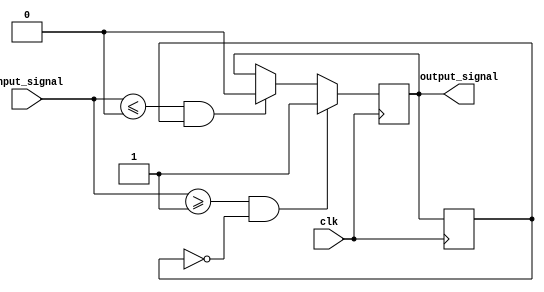
module Schmitt_trigger(
    input wire clk,
    input wire input_signal,
    output reg output_signal
);

reg prev_output_signal;

parameter THRESHOLD_LOW = 0; // Set low threshold voltage
parameter THRESHOLD_HIGH = 1; // Set high threshold voltage

always @(posedge clk) begin
    if (input_signal >= THRESHOLD_HIGH && prev_output_signal == 0) begin
        output_signal <= 1;
    end else if (input_signal <= THRESHOLD_LOW && prev_output_signal == 1) begin
        output_signal <= 0;
    end
    prev_output_signal <= output_signal;
end

endmodule